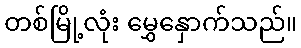
တစ်မြို့လုံး မွှေနှောက်သည်။